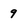
Character: 9